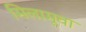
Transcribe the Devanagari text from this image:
मिलामूवा